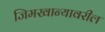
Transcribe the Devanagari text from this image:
जिमखान्यावरील